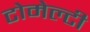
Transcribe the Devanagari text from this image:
टोमेल्टी